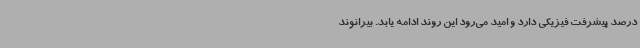
درصد پیشرفت فیزیکی دارد و امید می‌رود این روند ادامه یابد. بیرانوند